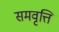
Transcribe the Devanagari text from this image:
समवृत्ति